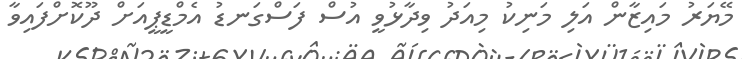
މޭޔަރު މައިޒާން އަލި މަނިކު މިއަދު ވިދާޅުވީ އުސް ފަސްގަނޑު އެމްޑީޕީއަށް ދޫކޮށްފައިވާ